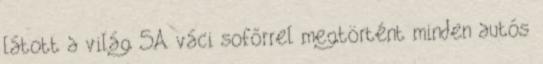
látott a világ 5A váci sofőrrel megtörtént minden autós